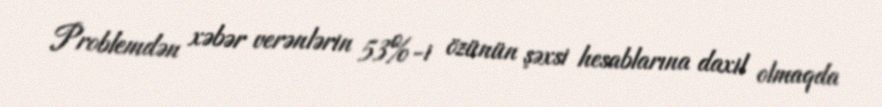
Problemdən xəbər verənlərin 53%-i özünün şəxsi hesablarına daxil olmaqda